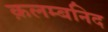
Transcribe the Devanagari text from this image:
क़लम्बनिद